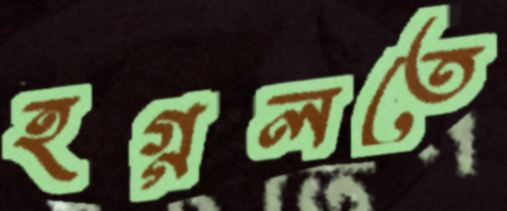
হগ্গলতে